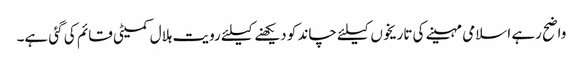
واضح رہے اسلامی مہینے کی تاریخوں کیلئے چاند کو دیکھنے کیلئے رویت ہلال کمیٹی قائم کی گئی ہے۔